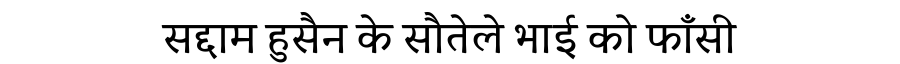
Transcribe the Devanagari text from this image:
सद्दाम हुसैन के सौतेले भाई को फाँसी